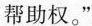
帮助权。”